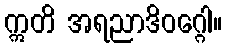
ဣတိ အရညာဒိဝဂ္ဂေါ။